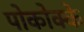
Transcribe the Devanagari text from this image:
पोकोक्के